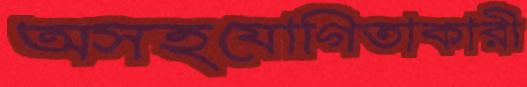
অসহযোগিতাকারী